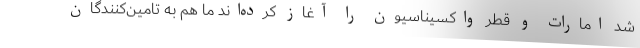
شد امارات و قطر واکسیناسیون را آغاز کرده‌اند ما هم به تامین‌کنندگان